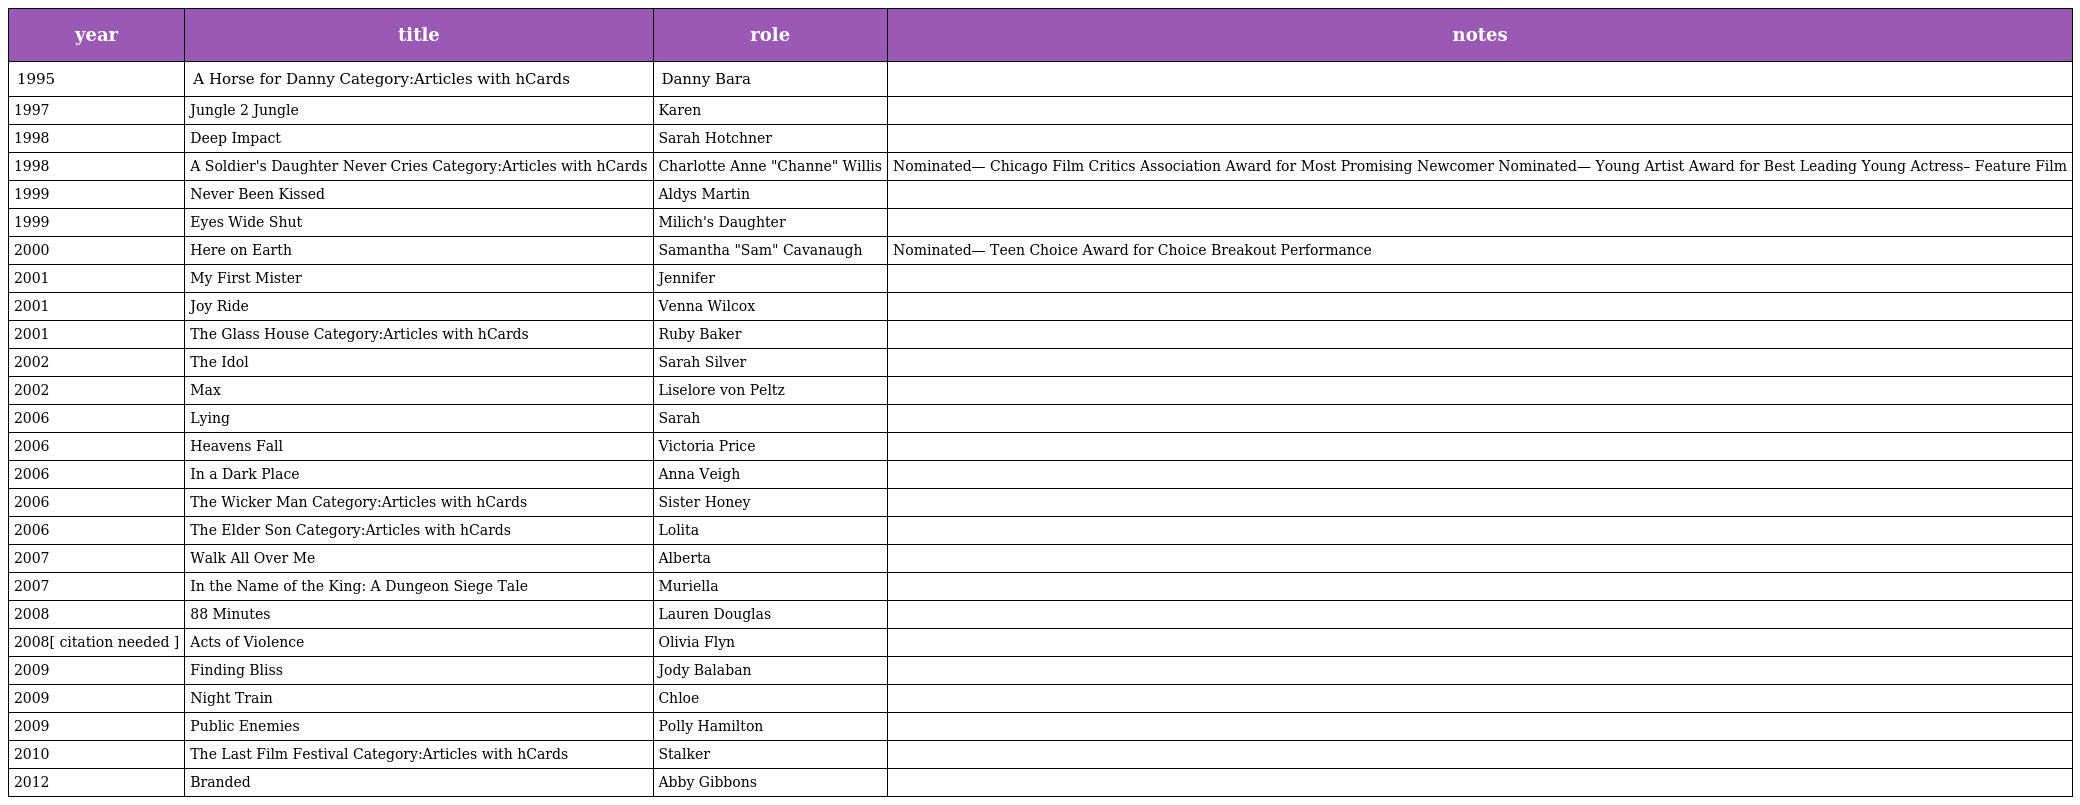
| year | title | role | notes |
 | --- | --- | --- | --- |
 | 1995 | A Horse for Danny Category:Articles with hCards | Danny Bara |  |
 | 1997 | Jungle 2 Jungle | Karen |  |
 | 1998 | Deep Impact | Sarah Hotchner |  |
 | 1998 | A Soldier's Daughter Never Cries Category:Articles with hCards | Charlotte Anne "Channe" Willis | Nominated— Chicago Film Critics Association Award for Most Promising Newcomer Nominated— Young Artist Award for Best Leading Young Actress– Feature Film |
 | 1999 | Never Been Kissed | Aldys Martin |  |
 | 1999 | Eyes Wide Shut | Milich's Daughter |  |
 | 2000 | Here on Earth | Samantha "Sam" Cavanaugh | Nominated— Teen Choice Award for Choice Breakout Performance |
 | 2001 | My First Mister | Jennifer |  |
 | 2001 | Joy Ride | Venna Wilcox |  |
 | 2001 | The Glass House Category:Articles with hCards | Ruby Baker |  |
 | 2002 | The Idol | Sarah Silver |  |
 | 2002 | Max | Liselore von Peltz |  |
 | 2006 | Lying | Sarah |  |
 | 2006 | Heavens Fall | Victoria Price |  |
 | 2006 | In a Dark Place | Anna Veigh |  |
 | 2006 | The Wicker Man Category:Articles with hCards | Sister Honey |  |
 | 2006 | The Elder Son Category:Articles with hCards | Lolita |  |
 | 2007 | Walk All Over Me | Alberta |  |
 | 2007 | In the Name of the King: A Dungeon Siege Tale | Muriella |  |
 | 2008 | 88 Minutes | Lauren Douglas |  |
 | 2008[ citation needed ] | Acts of Violence | Olivia Flyn |  |
 | 2009 | Finding Bliss | Jody Balaban |  |
 | 2009 | Night Train | Chloe |  |
 | 2009 | Public Enemies | Polly Hamilton |  |
 | 2010 | The Last Film Festival Category:Articles with hCards | Stalker |  |
 | 2012 | Branded | Abby Gibbons |  |